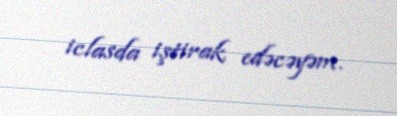
iclasda iştirak edəcəyəm.